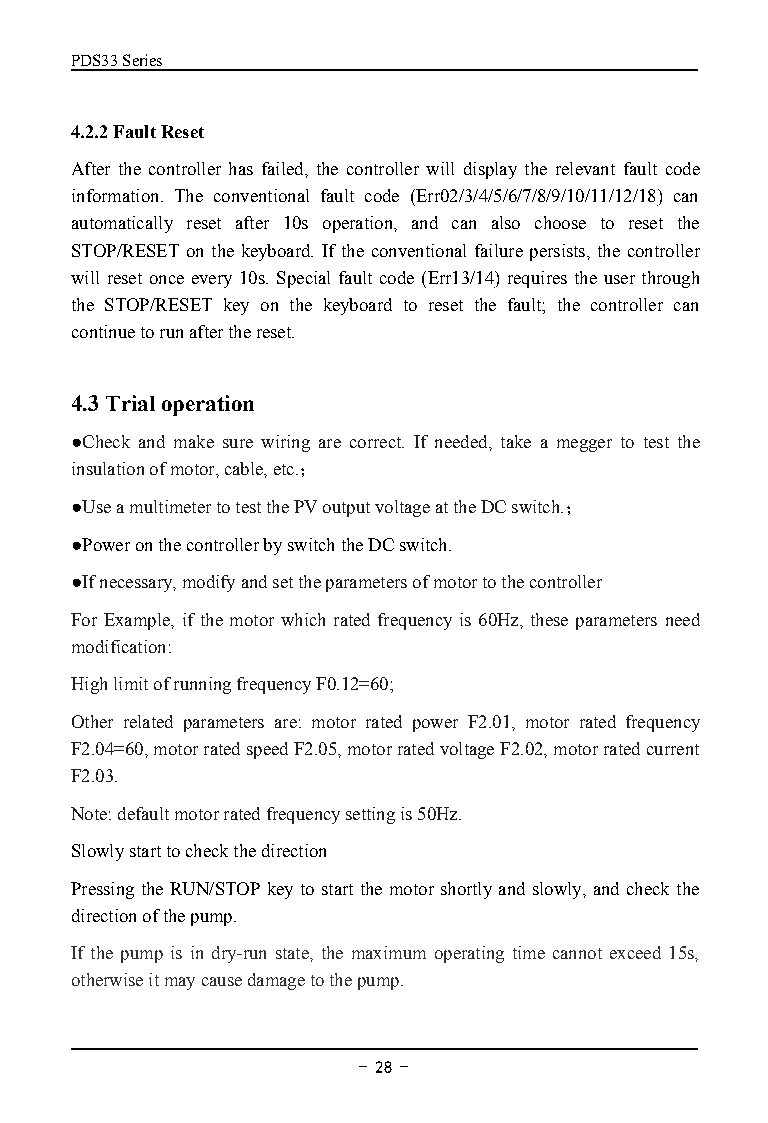
PDS33Series
 4.2.2FaultReset
 After the controller has failed, the controller will display the relevant fault code
 information. The conventional fault code (Err02/3/4/5/6/7/8/9/10/11/12/18) can
 automatically reset after 10s operation, and can also choose to reset the
 STOP/RESET on the keyboard. If the conventional failure persists, the controller
 will reset once every 10s. Special fault code (Err13/14) requires the user through
 the STOP/RESET key on the keyboard to reset the fault; the controller can
 continuetorunafterthereset.
 4.3Trialoperation
 ●Check and make sure wiring are correct. If needed, take a megger to test the
 insulationofmotor,cable,etc.；
 ●UseamultimetertotestthePVoutputvoltageattheDCswitch.；
 ●PoweronthecontrollerbyswitchtheDCswitch.
 ●Ifnecessary,modifyandsettheparametersofmotortothecontroller
 For Example, if the motor which rated frequency is 60Hz, these parameters need
 modification:
 HighlimitofrunningfrequencyF0.12=60;
 Other related parameters are: motor rated power F2.01, motor rated frequency
 F2.04=60,motorratedspeedF2.05,motorratedvoltageF2.02,motorratedcurrent
 F2.03.
 Note:defaultmotorratedfrequencysettingis50Hz.
 Slowlystarttocheckthedirection
 PressingtheRUN/STOP key to start themotorshortly andslowly, and check the
 directionofthepump.
 If the pump is in dry-run state, the maximum operating time cannot exceed 15s,
 otherwiseitmaycausedamagetothepump.
 - 28 -